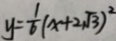
y = \frac { 1 } { 6 } ( x + 2 \sqrt { 3 } ) ^ { 2 }